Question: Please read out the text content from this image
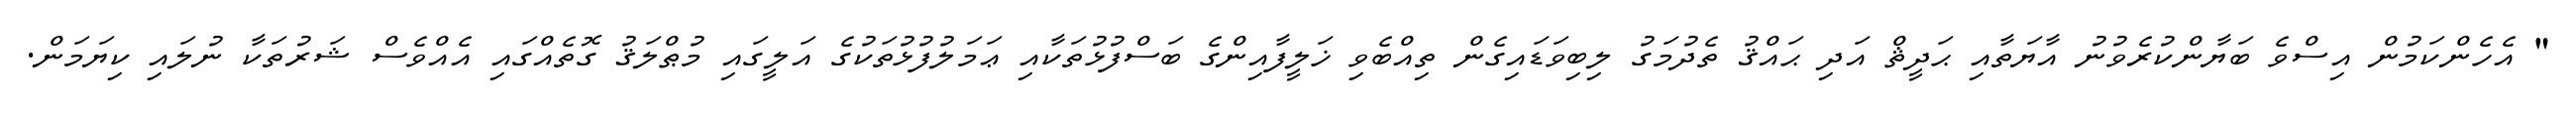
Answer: " އެހެންކަމުން އިސްވެ ބަޔާންކުރެވުނު އާޔަތާއި ޙަދީޘް އަދި ޙައްޤު ތެދުމަގު ލިބިވަޑައިގެން ތިއްބެވި ޚަލީފާއިންގެ ބަސްފުޅުތަކާއި ޢަމަލުފުޅުތަކުގެ އަލީގައި މުޠްލަޤު ގޮތެއްގައި އެއްވެސް ޝަރުތަކާ ނުލައި ކިޔަމަން.